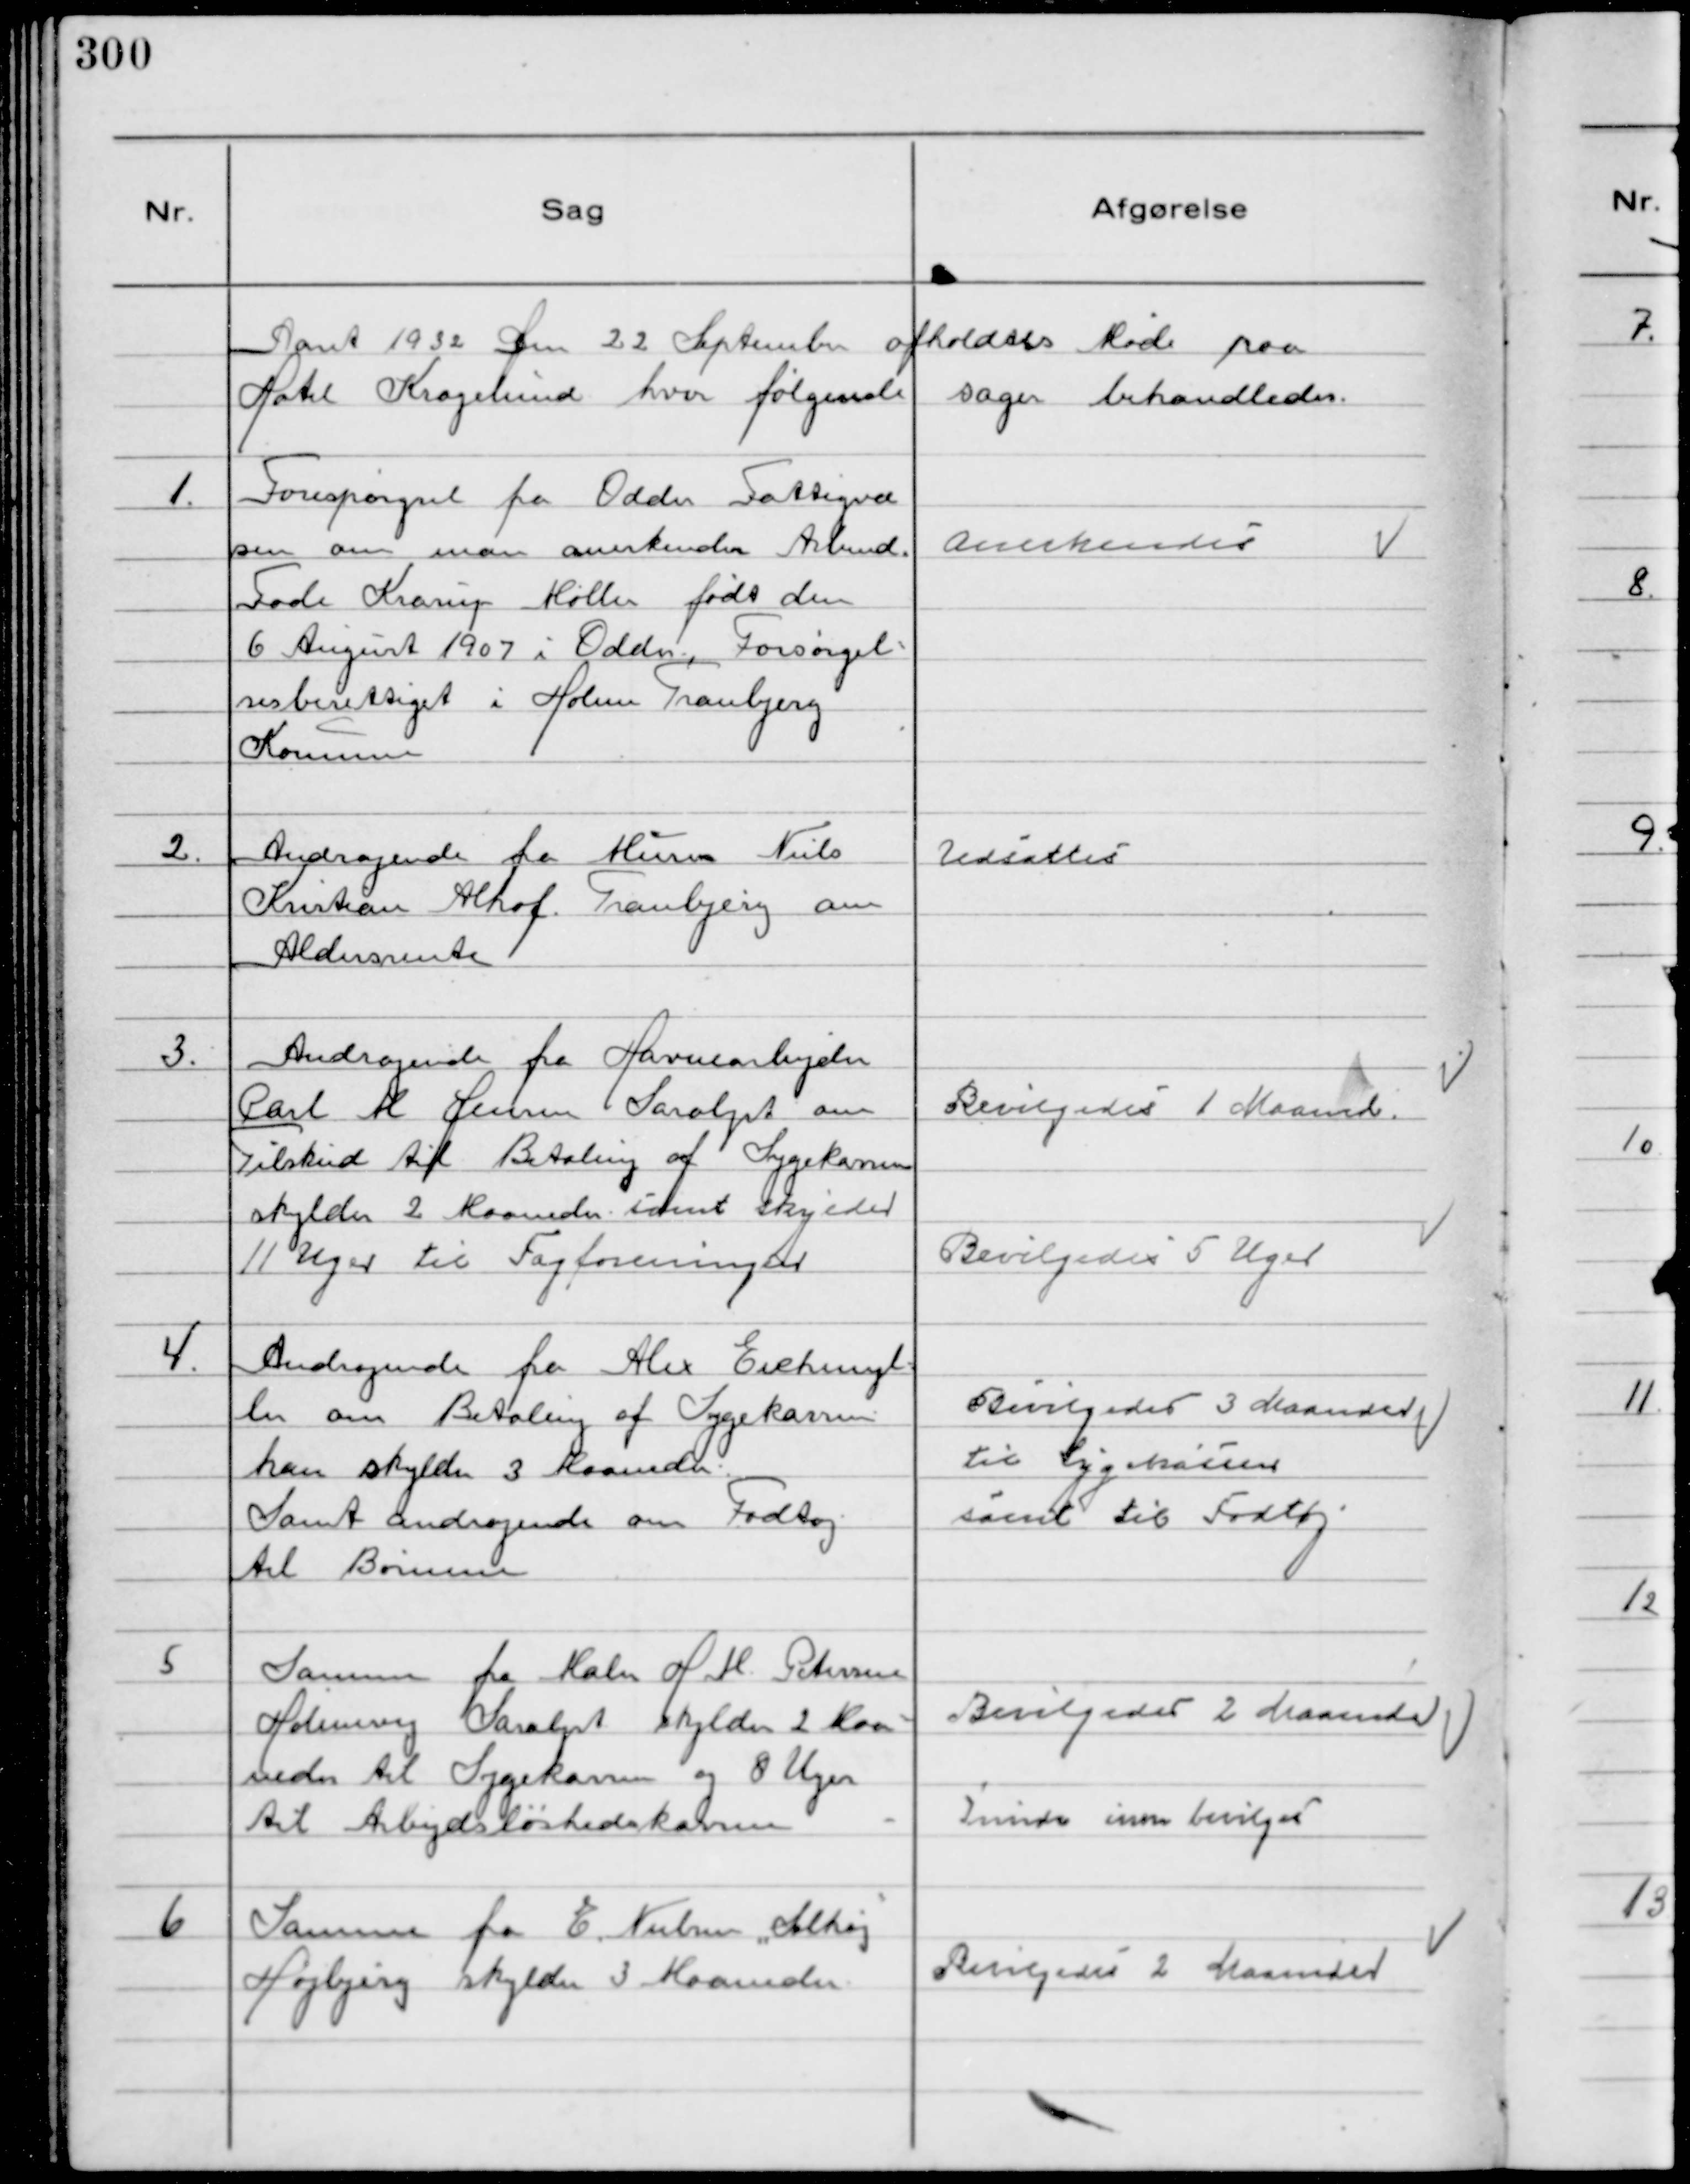
Transskription:
Aaret 1932 Den 22 September afholdtes Møde paa
Hotel Kragelumd hvor følgende sager behandledes.

1.
Forespørgsel fra Odder Fattigvæ
sen om man anerkender Arbmd.
Fode Krarup Møller født den
6 August 1907 i Odder Forsørgel-
sesberettiget i Holme Tranbjerg
Kommune

Anerkendes

2.
Andragende fra Murer Niels
Kristian Alhof Tranbjerg om
Aldersrente

Udsattes

3.
Andragende fra Havnearbejder
Carl M Jensen Saralyst om
Tilskud til Betaling af Sygekassen
skylder 2 Maaneder samt skylder
11 Uger til Fagforeningen

Bevilgedes 1 Maaned
Bevilgedes 5 Uger

4.
Andragende fra Alex Eichmyl-
ler om Betaling af Sygekassen
han skylder 3 Maaneder
Samt andragende om Fodtøj
til Børnene

Bevilgedes 3 Maaneder
til Sygekassen
samt til Fodtøj

5
Samme fra Maler H M Petersen
Holmevej Saralyst skylder2 Maa- 
neder til Sygekassen og 8 Uger
til Arbejdsløshedskassen

Bevilgedes 2 Maaneder
Kunde ikke bevilges

6
Samme fra E Nielsen "Solhøj"
Højbjerg skylder 3 Maaneder

Bevilgedes 2 Maaneder